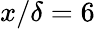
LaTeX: x/\delta=6